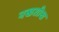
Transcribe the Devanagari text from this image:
नखशीख